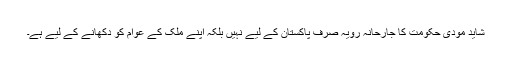
شاید مودی حکومت کا جارحانہ رویہ صرف پاکستان کے لیے نہیں بلکہ اپنے ملک کے عوام کو دکھانے کے لیے ہے۔